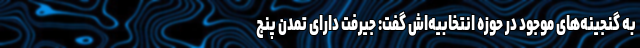
به گنجینه‌های موجود در حوزه انتخابیه‌اش گفت: جیرفت دارای تمدن پنج